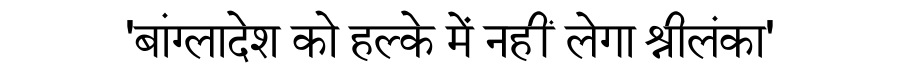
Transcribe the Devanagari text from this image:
'बांग्लादेश को हल्के में नहीं लेगा श्रीलंका'